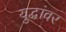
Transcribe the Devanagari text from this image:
युद्धांवर